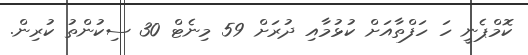
ކޮމްޕެނީ ހަ ހަފްތާއަށް ކުޅުމާއި ދުރަށް 59 މިނެޓް 30 ސިކުންތު ކުރިން.